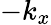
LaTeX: -k_{x}